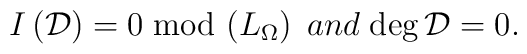
I\left({\cal D}\right)=0\; {\rm mod}\, \left(L_\Omega\right)\;and \; {\rm deg}\, {\cal D}=0.